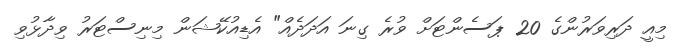
މިއީ ދަރިވަރުންގެ 20 ޕަސެންޓަށް ވުރެ ގިނަ އަދަދެއް" އެޑިއުކޭޝަން މިނިސްޓަރު ވިދާޅުވި